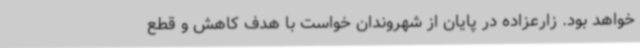
خواهد بود. زارعزاده در پایان از شهروندان خواست با هدف کاهش و قطع